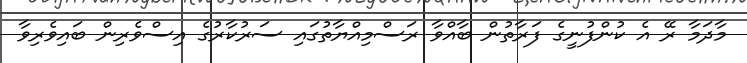
މާދަމާ ރޭ އެ ކުންފުނީގެ ފަރާތުން ބާއްވާ ރަސްމިއްޔާތުގައި ސަރުކާރުގެ އިސްވެރިން ބައިވެރިވާ